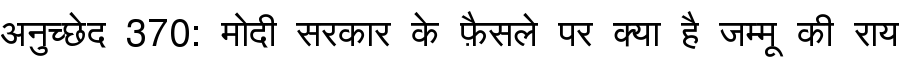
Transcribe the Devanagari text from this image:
अनुच्छेद 370: मोदी सरकार के फ़ैसले पर क्या है जम्मू की राय